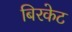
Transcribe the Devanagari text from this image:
बिरकेट